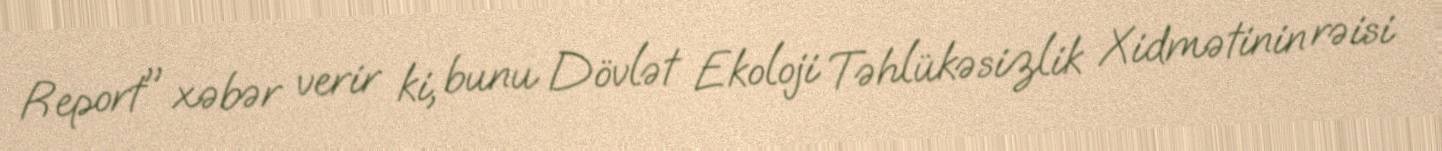
Report" xəbər verir ki, bunu Dövlət Ekoloji Təhlükəsizlik Xidmətinin rəisi